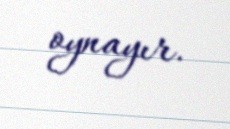
oynayır.